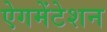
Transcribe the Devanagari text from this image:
ऐगमेंटेशन